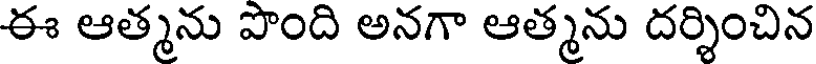
ఈ ఆత్మను పొంది అనగా ఆత్మను దర్శించిన